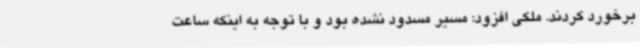
برخورد کردند. ملکی افزود: مسیر مسدود نشده بود و با توجه به اینکه ساعت